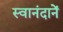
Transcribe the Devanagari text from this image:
स्वानंदानें